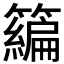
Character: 𰪢